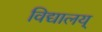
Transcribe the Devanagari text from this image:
विद्यालय्